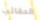
الحقائب